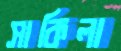
সাকিলা